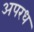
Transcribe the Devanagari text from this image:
अपरध